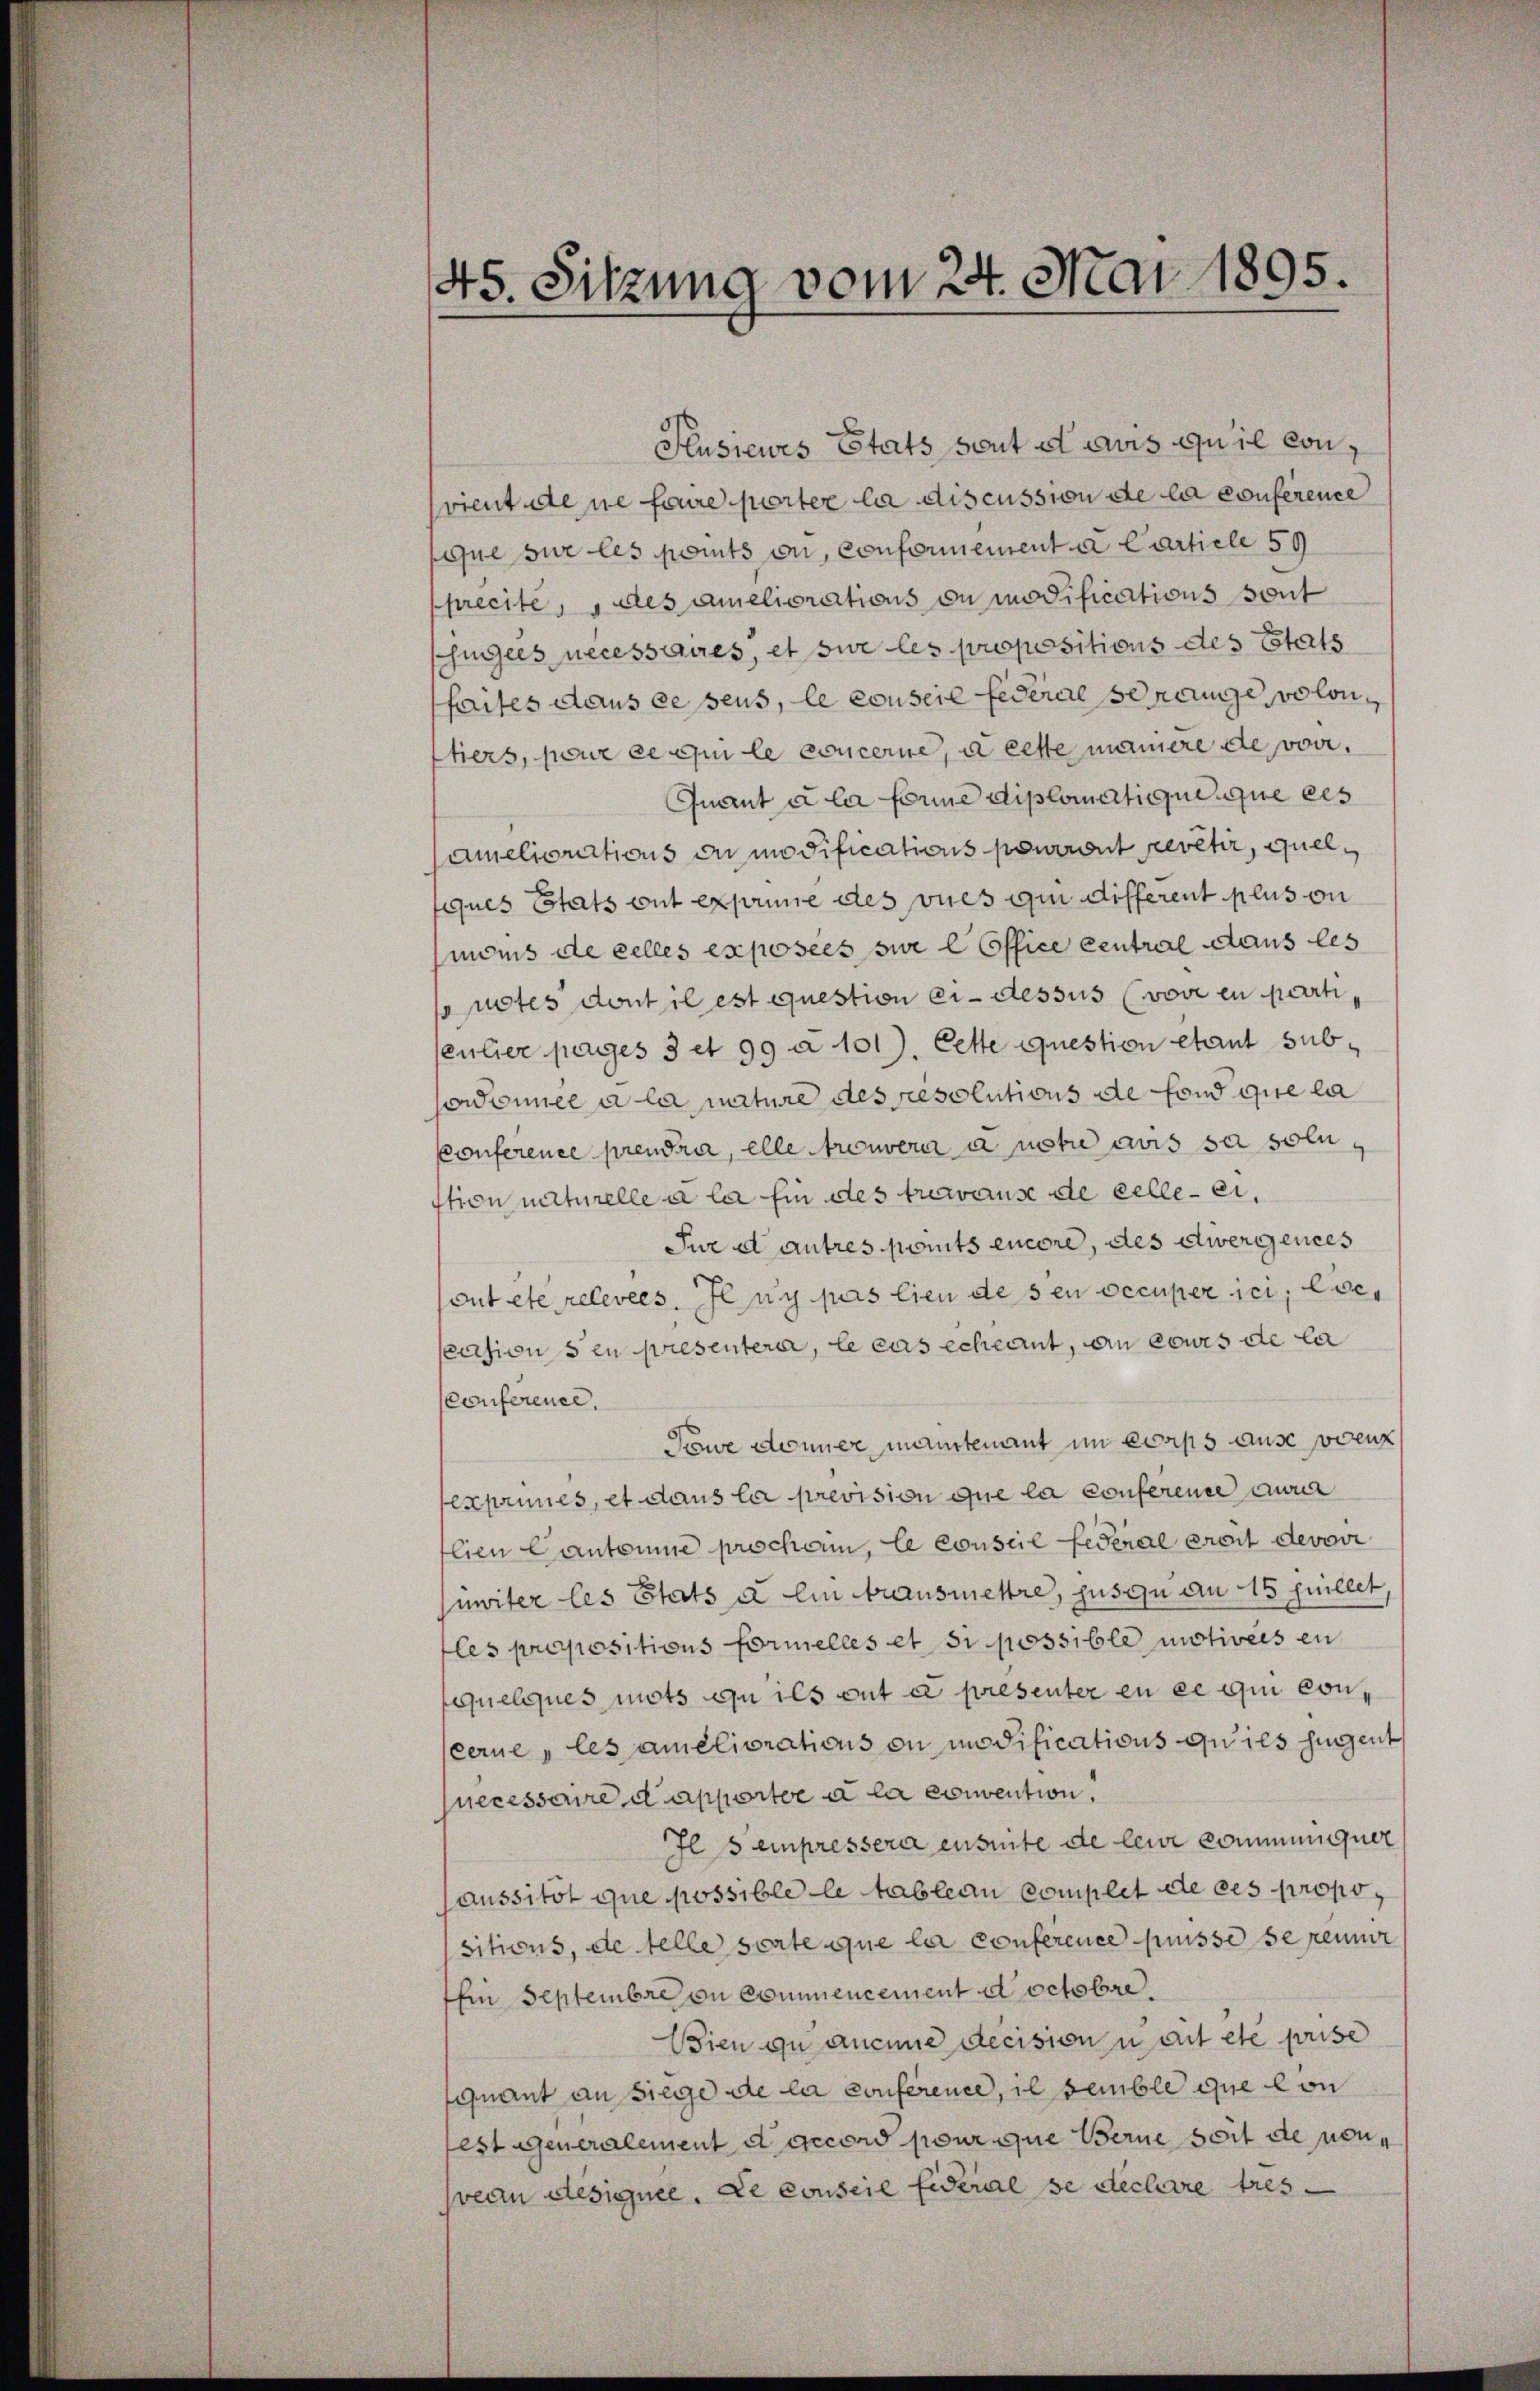
45. Sitzung vom 24. Mai 1895.

Kusiewes Etats sont et avis qu’il convient de ne feure porter la discussion de la conference
que sur les points an, conformement a Carticle 59
precité, des améliorations ou modifications sont
ügles necessaires, et sur les propositions des Etats
faites dans ce pens, le conseil Federal se range, volontiers, pour ce qui le concerne, à cette maniere de vor.
Quant à la forme diplomatique que ces
ameliorations au modifications pourront revêtir quelques Stats ont exprime des vues qui different plus on
monis de celles exposées sie l Office central aus les
utes dont il est question ci-dessus (vove en partisculier pages 3 et 99 à 101). Cette question étant sub¬
Cordonnel a la mature des resolutions de fond que la
Conference prendra, elle trouvera antre aus sa soluition naturelle a la fin des trerause de celle-ci,
Purd autres ports encore, des dergences
out etc relevées, Jeny pas lieu des en occuperici, liescasion den presentere, le cas scheint, an cours de la
Conference.
Tewe donner mantenant im Corps ause vorenz
exponnes, et dans la prevision que la conferende er
flien Cantone proschein, le conseil Federal eroit devori
mwiter les Etats u ein transmettre, jusqu an 15 juillet,
les propositions formelles et si possible motives en
quelques mots ou ils ont a presenter en ce qui con
cerne les améliorations ou modifications qu’ils hingent
jnecessaire d apportoe a la convention,
Ils einpressera ensuite de leur communguer
saussitôt que possible le tableau complet de ces propositions, de telle sorte que la conference puisse se reumer
Ein Septembre in Commencement doctobre.
Wien zu aucune decision weitete puise
quant an Siege de la conference, il semble que con
festigeneralement d accord pour que Berne soit de nonveden designee. Le conseil Eideral se declare tres